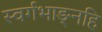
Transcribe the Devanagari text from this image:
स्वर्गभाङ्नहि